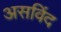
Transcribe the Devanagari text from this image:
असविंद